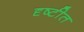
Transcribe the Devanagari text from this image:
दृष्टीत